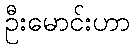
ဦးမောင်းဟာ